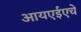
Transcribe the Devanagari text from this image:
आयएईएचे